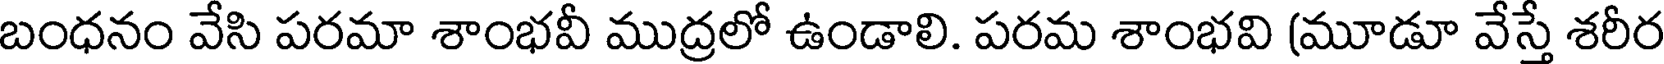
బంధనం వేసి పరమా శాంభవీ ముద్రలో ఉండాలి. పరమ శాంభవి (మూడూ వేస్తే శరీర